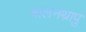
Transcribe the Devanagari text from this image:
बालनथ्रापु